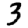
Digit: 3